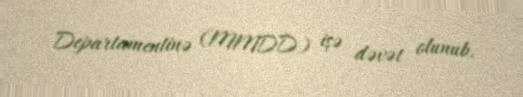
Departamentinə (MMDD) işə dəvət olunub.